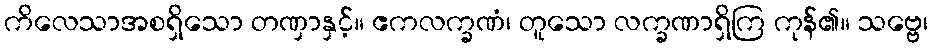
ကိလေသာအစရှိသော တဏှာနှင့်။ ဧကလက္ခဏံ၊ တူသော လက္ခဏာရှိကြ ကုန်၏။ သဗ္ဗေ၊